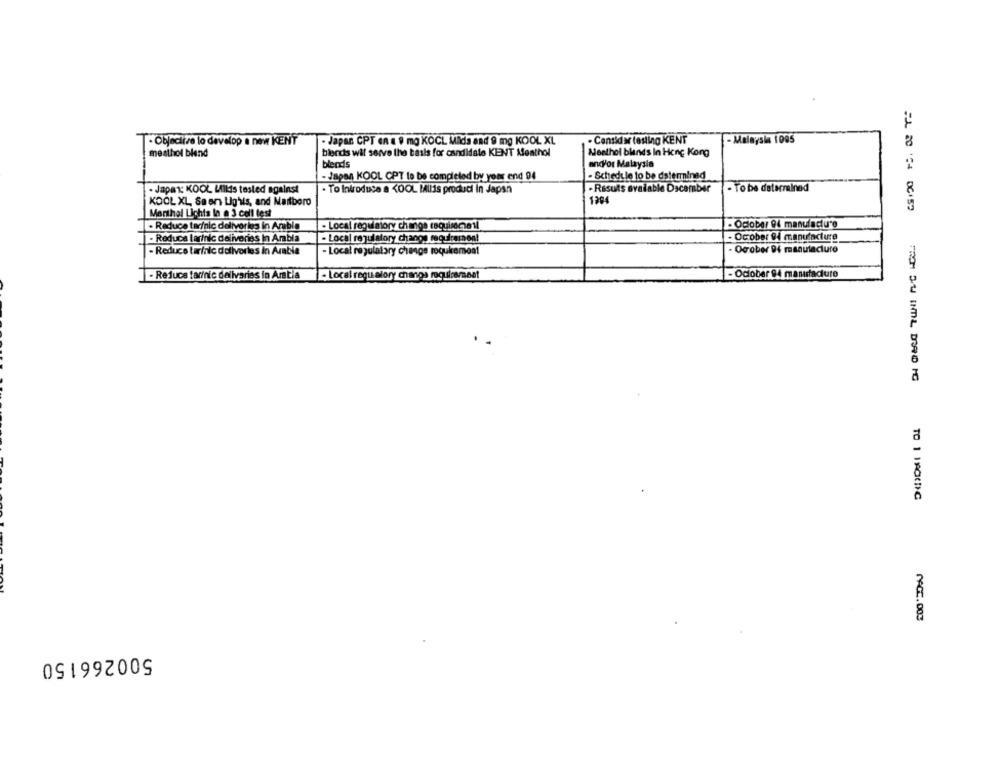
- Objective lo develop a new KENT
- Japan. CPT en a 9 mg KOCL Mida and 9 mg KOOL XL
- Cansida testing KENT
- Malaysia 1005
mesthol blend
blercis wil serve the basis for candidate KENT Meathol
Menthol bland's In Hong Kong
blends
encyor Malaysia
- Schedule to be determined
- Japan KOOL CPT to be completed by year end 94
· Japan: KOOL LIIls tested against
· To Introduce a KOOL Illis produci in Japan
. Risuts avalable Dacamber
- To be determined
KOOL XL, Saen Lighis, and Nailboro
1364
Menthal Lichts In a 3 cell test
· Reduce tar/nic deliveries in Arabia
- Local regulatory change requisecell
- Ociobe/ 94 manufactu*g
- October 94 manufacture
- Reduce larinic deliveries in Arabia
- Local regulatory change requirement
- Reduce tarfilc deliveries in Arabia
- Local regulatory change requirement
Ocrober 94 manufacture
- Ociober 94 mansacute
- Reluce far/nic deliveries in Arabia
- Local regualory changs rquicamoet
TO 1 1900C
MAG.003
500266150